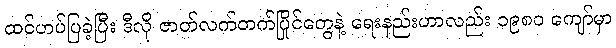
ထင်ဟပ်ပြခဲ့ပြီး ဒီလို ဇာတ်လက်တက်ပြိုင်တွေနဲ့ ရေးနည်းဟာလည်း ၁၉၈၀ ကျော်မှာ